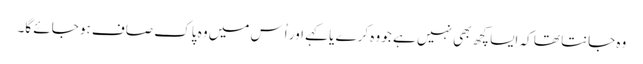
وہ جانتا تھا کہ اِیسا کچھ بھی نہیں ہے جو وہ کرے یا کہے اور اُس میں وہ پاک صاف ہو جائے گا۔